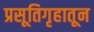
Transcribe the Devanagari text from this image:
प्रसूतिगृहातून